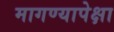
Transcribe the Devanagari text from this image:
मागण्यापेक्षा